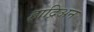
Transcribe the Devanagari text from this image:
हाद्रिअन